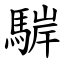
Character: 䮗